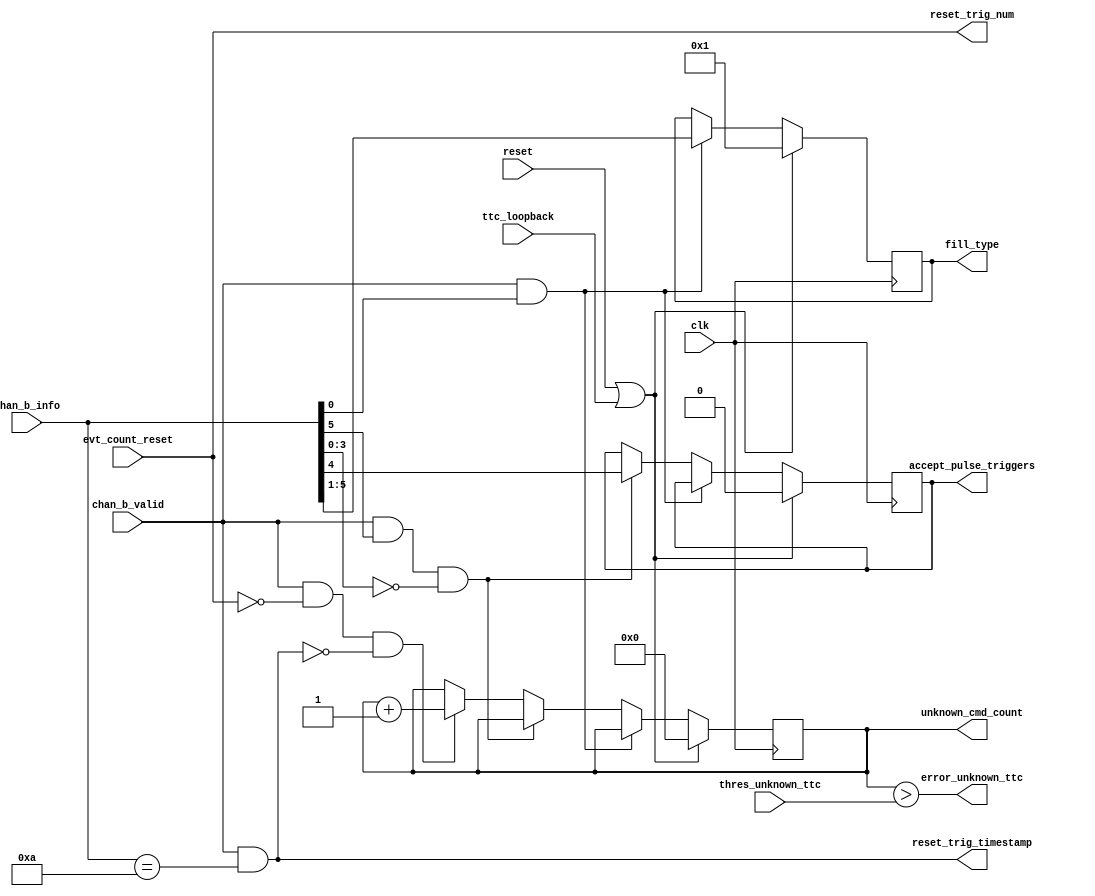
// Receiver for TTC Channel B signals.
//
// Enables number reset in parallel with time reset or setting of fill type.

module ttc_broadcast_receiver (
  // clock and reset
  input wire clk,
  input wire reset,

  // TTC Channel B information
  input wire [5:0] chan_b_info, // Brcst from TTC decoder, Brcst[7:2] = chan_b_info[5:0]
  input wire evt_count_reset,
  input wire chan_b_valid,      // BrcstStr from TTC_decoder
  input wire ttc_loopback,

  // outputs to trigger logic
  output reg [4:0] fill_type,
  output reg accept_pulse_triggers,
  output wire reset_trig_num,
  output wire reset_trig_timestamp,

  // status information
  input wire [31:0] thres_unknown_ttc, // threshold for unknown TTC broadcast command instances
  output reg [31:0] unknown_cmd_count, // number of unknown TTC broadcast commands
  output wire error_unknown_ttc        // hard error flag for unknown TTC broadcast commands
);

  // recognized broadcast commands:
  //
  // 00000_0_01 -> bunch count reset
  // 00000_0_10 -> event count reset
  //
  // 00001_1_00 -> switch to muon trigger type
  // 00010_1_00 -> switch to laser trigger type
  // 00011_1_00 -> switch to pedestal trigger type
  // 00100_1_00 -> switch to asynchronous readout trigger type
  //
  // 00101_0_00 -> timestamp reset
  // 11000_0_00 -> start asynchronous pulse storage
  // 10000_0_00 -> stop asynchronous pulse storage


  reg [ 4:0] next_fill_type;
  reg next_accept_pulse_triggers;
  reg [31:0] next_unknown_cmd_count;

  assign reset_trig_num       = evt_count_reset;
  assign reset_trig_timestamp = chan_b_valid & (chan_b_info[5:0] == 6'b001010);
  assign error_unknown_ttc    = (unknown_cmd_count[31:0] > thres_unknown_ttc[31:0]);


  // combinational always block
  always @* begin
    // default
    next_fill_type[4:0]          = fill_type[4:0];
    next_accept_pulse_triggers   = accept_pulse_triggers;
    next_unknown_cmd_count[31:0] = unknown_cmd_count[31:0];

    // transfer information on trigger type switch
    if (chan_b_valid & chan_b_info[0]) begin
      next_fill_type[4:0]          = chan_b_info[5:1];
      next_accept_pulse_triggers   = accept_pulse_triggers;
      next_unknown_cmd_count[31:0] = unknown_cmd_count[31:0];
    end
    // transfer information on asynchronous pulse storage
    else if (chan_b_valid & (chan_b_info[5] == 1'b1) & (chan_b_info[3:0] == 4'b0000)) begin
      next_fill_type[4:0]          = fill_type[4:0];
      next_accept_pulse_triggers   = chan_b_info[4];
      next_unknown_cmd_count[31:0] = unknown_cmd_count[31:0];
    end
    // invalid broadcast command
    else if (chan_b_valid & ~evt_count_reset & ~reset_trig_timestamp) begin
      next_fill_type[4:0]          <= fill_type[4:0];
      next_accept_pulse_triggers   <= accept_pulse_triggers;
      next_unknown_cmd_count[31:0] <= unknown_cmd_count[31:0] + 1; // increment soft error counter
    end
  end


  // sequential always block
  always @(posedge clk) begin
    if (reset | ttc_loopback) begin
      fill_type[4:0]          <=  5'b00001; // default to muon fill
      accept_pulse_triggers   <=  1'b0;
      unknown_cmd_count[31:0] <= 32'd0;
    end
    else begin
      fill_type[4:0]          <= next_fill_type[4:0];
      accept_pulse_triggers   <= next_accept_pulse_triggers;
      unknown_cmd_count[31:0] <= next_unknown_cmd_count[31:0];
    end
  end

endmodule